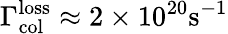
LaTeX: \Gamma_{\mathrm{col}}^{\mathrm{loss}}\approx 2\times 10^{20}\mathrm{s}^{-1}